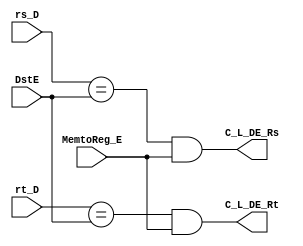
module LoadHazard(rs_D, rt_D, DstE, MemtoReg_E,
                C_L_DE_Rs, C_L_DE_Rt); // load
    input [4: 0] rs_D; // IF_IDrs
    input [4: 0] rt_D; // IF_IDrt
    input [4: 0] DstE; // ID_EXrs / rt , lwrt
    input  MemtoReg_E; // regfile

    output reg C_L_DE_Rs, C_L_DE_Rt;  // PC / IF_ID / ID_EX

  always @(*) begin
    C_L_DE_Rs <= (rs_D == DstE) & MemtoReg_E;  // IF_EXRsID_EXloadRt
    C_L_DE_Rt <= (rt_D == DstE) & MemtoReg_E;  // IF_EXRtID_EXloadRt

  end
endmodule


module BranchHazard(if_branch, rs_D, rt_D, RegWrDst_M, RegWr_M, RegWr_E, RegWrDst_E, MemtoReg_E, MemtoReg_M,
                      C_B_DM_Rs, C_B_DM_Rt, C_B_D);  //beq
    input [4: 0] rs_D, rt_D;  //beqrs rt
    input[4: 0] RegWrDst_M, RegWrDst_E;   //Ex_MemRegFile
    input if_branch, RegWr_M, RegWr_E, MemtoReg_E, MemtoReg_M;

    output reg C_B_DM_Rs, C_B_DM_Rt, C_B_D;
    
    parameter JUMP = 4'b0000;
    parameter BEQ  = 4'b0010;

  always @(*) begin
    C_B_DM_Rs = (rs_D == RegWrDst_M) & RegWr_M;  // beqMemrs
    C_B_DM_Rt = (rt_D == RegWrDst_M) & RegWr_M;  // beqMemrt

    C_B_D = (if_branch & RegWr_E & (rs_D == RegWrDst_E | rt_D == RegWrDst_E)) |  
            (if_branch & MemtoReg_E & (rs_D == RegWrDst_E | rt_D == RegWrDst_E)) | // lw-beqlw-xxxx-beq
            (if_branch & MemtoReg_M & (rs_D == RegWrDst_M | rt_D == RegWrDst_M));
    
  end
endmodule

 module ComputeBranch(ForwardRs_D, ForwardRt_D, rs_data, rt_data, result_M, zero_D);  
    input ForwardRs_D, ForwardRt_D;
    input [31: 0] rs_data, rt_data, result_M;

    output reg zero_D;

    reg[31: 0] A, B;

  always @(*) begin
      if(ForwardRs_D) A = result_M;
      else A = rs_data;

      if(ForwardRt_D) B = result_M;
      else B = rt_data;

      zero_D = (A == B);
  end

 endmodule